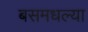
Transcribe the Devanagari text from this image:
बसमधल्या